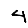
Digit: 4